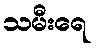
သမီးရေ